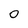
Character: 0